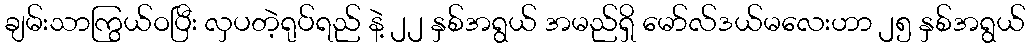
ချမ်းသာကြွယ်ဝပြီး လှပတဲ့ရုပ်ရည် နဲ့ ၂၂ နှစ်အရွယ် အမည်ရှိ မော်လ်ဒယ်မလေးဟာ ၂၅ နှစ်အရွယ်